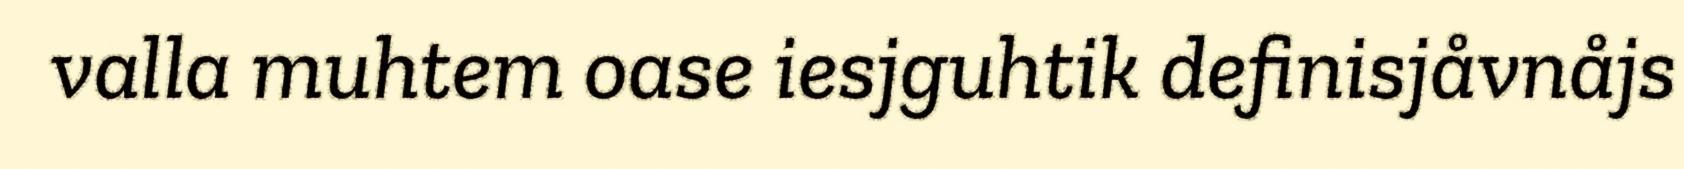
valla muhtem oase iesjguhtik definisjåvnåjs